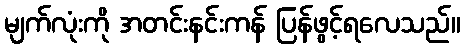
မျက်လုံးကို အတင်းနင်းကန် ပြန်ဖွင့်ရလေသည်။